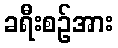
ခရီးစဉ်အား